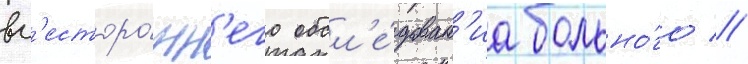
вс'есторо́нн'его обсл'е́дован'иа больно́го //